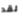
لقد